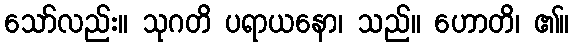
သော်လည်း။ သုဂတိ ပရာယနော၊ သည်။ ဟောတိ၊ ၏။